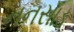
નનસાડ